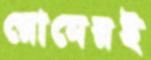
রোমেরই